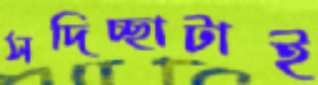
সদিচ্ছাটাই